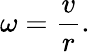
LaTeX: \omega={\frac{v}{r}}.